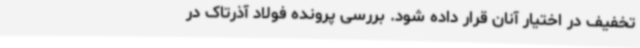
تخفیف در اختیار آنان قرار داده شود. بررسی پرونده فولاد آذرتاک در